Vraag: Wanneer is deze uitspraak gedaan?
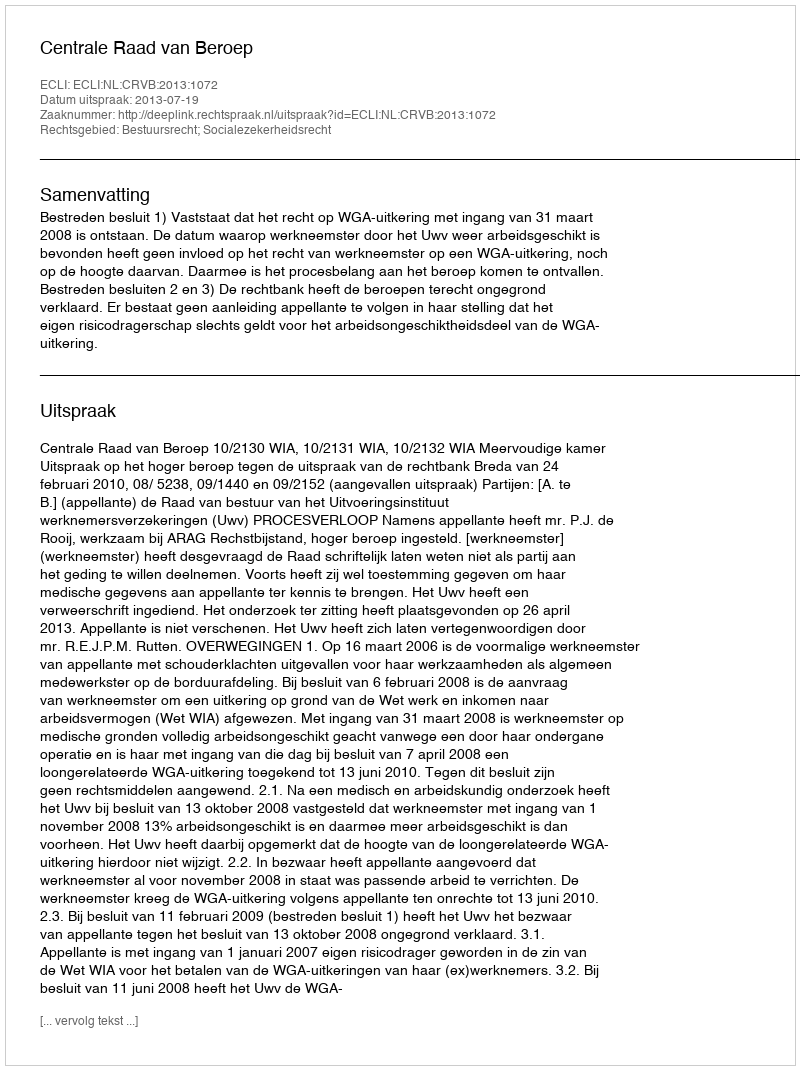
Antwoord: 2013-07-19